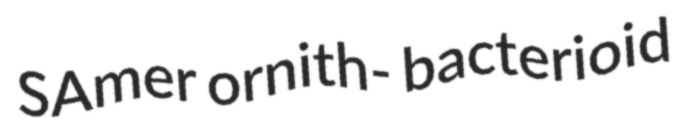
SAmer ornith- bacterioid